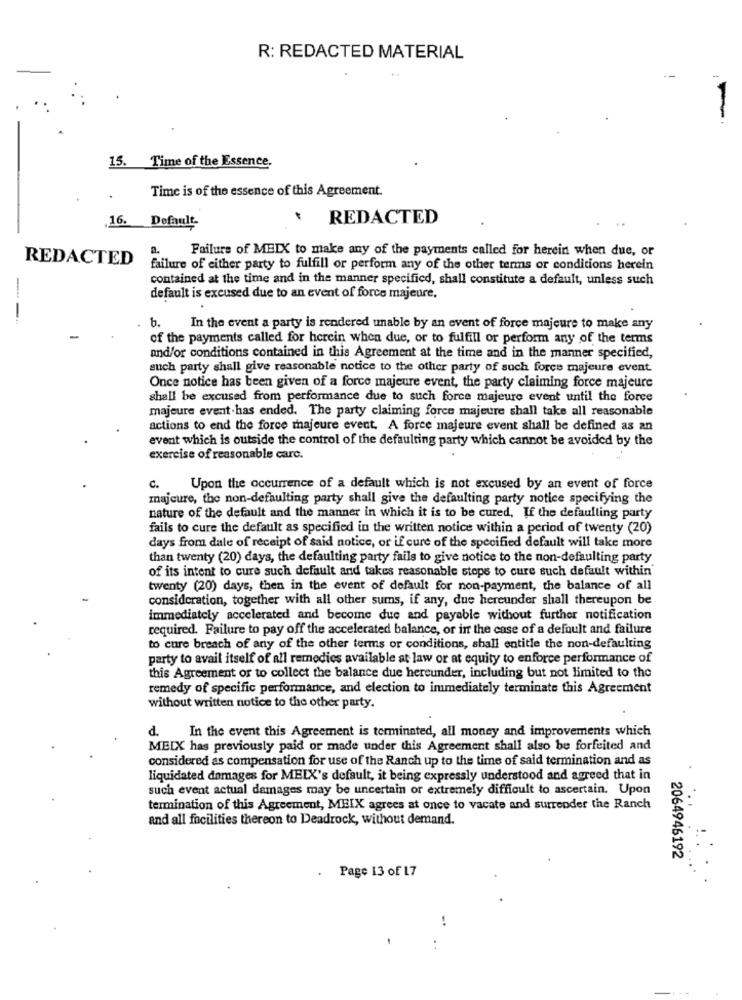
R: REDACTED MATERIAL
--
15. Time of the Essence.
Time is of the essence of this Agreement.
.16.
REDACTED
Default
Failure of MEIX to make any of the payments called for herein when due, or
REDACTED
failure of either party to fulfill or perform any of the other terms or conditions herein
contained at the time and in the manner specificd, shall constitute a default, unless such
default is excused due to an event of force majeure.
--
b.
In the event a party is rendered unable by an event of force majeure to make any
of the payments called for herein when due, or to fulfill or perform any of the terms
and/or conditions contained in this Agreement at the time and in the manner specified,
such party shall give reasonable notice to the other party of such force majeure event
Once notice has been given of a force majeure event, the party claiming force majeure
shall be excused from performance due to such force majeure event until the force
majeure event.has ended. The party claiming force majeure shall take all reasonable
actions to end the force majeure event. A force majeure event shall be defined as an
event which is outside the control of the defaulting party which cannot be avoided by the
exercise of reasonable carc.
c.
Upon the occurrence of a default which is not excused by an event of force
majeure, the non-defaulting party shall give the defaulting party notice specifying the
nature of the default and the manner in which it is to be cured, If the defaulting party
fails to cure the default as specified in the written notice within a period of twenty (20)
days from dale of receipt of said notice, or if cure of the specified default will take more
than twenty (20) days, the defaulting party fails to give notice to the non-defaulting party
of its intent to cure such default and takes reasonable steps to cure such default within
twenty (20) days, then in the event of default for non-payment, the balance of all
consideration, together with all other sums, if any, due hereunder shall thereupon be
immediately accelerated and become due and payable without further notification
required. Failure to pay off the accelerated balance, or in the case of a default and failure
to cure breach of any of the other terms or conditions, shall entitle the non-defaulting
party to avait itself of all remedies available at law or at equity to enforce performance of
this Agreement or to collect the balance due hereunder, including but not limited to the
remedy of specific performance, and election to immediately terminate this Agreement
without written notice to the other party.
d. In the event this Agreement is terminated, all money and improvements which
MEIX has previously paid or made under this Agreement shall also be forfeited and
considered as compensation for use of the Ranch up to the time of said termination and as
liquidated damages for MEIX's default, it being expressly understood and agreed that in
such event actual damages may be uncertain or extremely difficult to ascertain. Upon
termination of this Agreement, MEIX agrees at once to vacate and surrender the Ranch
...
and all facilities thereon to Deadrock, without demand.
2064946192
Page 13 of 17